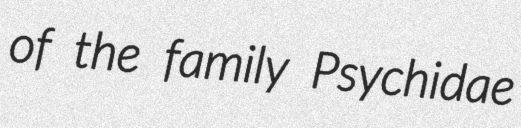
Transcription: of the family Psychidae